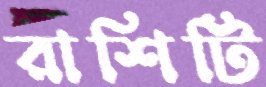
রাশিটি